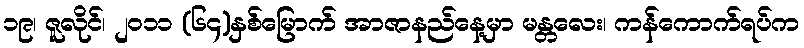
၁၉၊ ဇူလိုင်၊ ၂၀၁၁ (၆၄)နှစ်မြောက် အာဇာနည်နေ့မှာ မန္တလေး၊ ကန်ကောက်ရပ်က